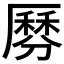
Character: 𠪺